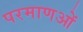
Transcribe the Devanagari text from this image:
परमाणओं